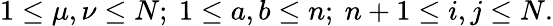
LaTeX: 1\leq\mu,\nu\leq N;\ 1\leq a,b\leq n;\ n+1\leq i,j\leq N.